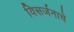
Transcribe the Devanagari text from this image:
विसर्जनाचे